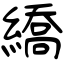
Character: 繑